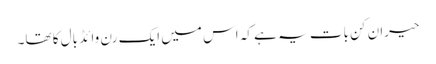
حیران کن بات یہ ہے کہ اس میں ایک رن وائڈ بال کا تھا۔